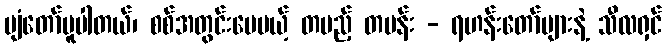
ပျံတော်မူပါတယ်၊ စစ်အတွင်းပေမယ့် တပည့် တပန်း - ရဟန်းတော်များနဲ့ သီလရှင်